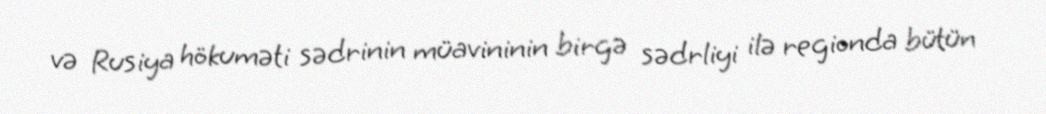
və Rusiya hökuməti sədrinin müavininin birgə sədrliyi ilə regionda bütün